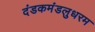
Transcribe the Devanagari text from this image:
दंडकमंडलुधरम